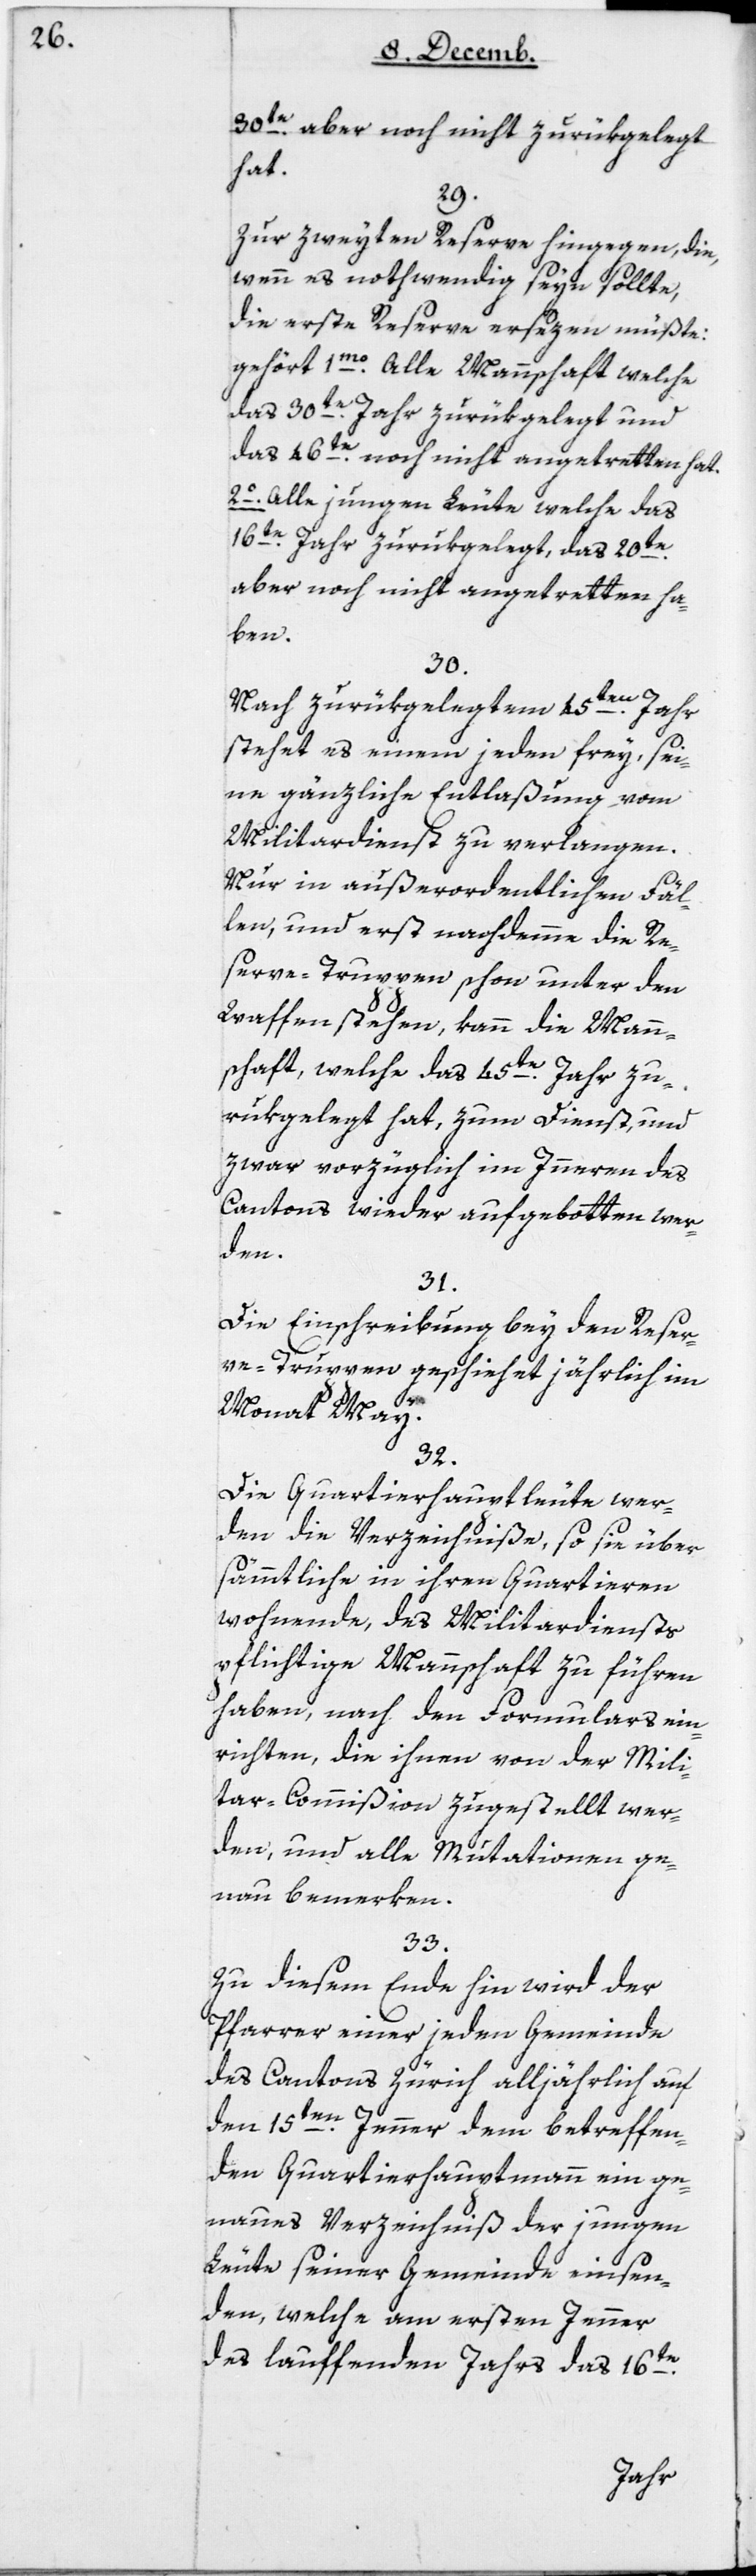
30te aber noch nicht zurükgelegt
hat.
29.
Zur zweyten Reserve hingegen, die,
wenn es nothwendig seyn sollte,
die erste Reserve ersezen müßte,
gehört 1mo alle Mannschaft, welche
das 30te Jahr zurükgelegt und
das 46te noch nicht angetreten hat.
2º Alle jungen Leute, welche das
16te Jahr zurükgelegt, das 20te
aber noch nicht angetretten ha¬
ben.
30.
Nach zurükgelegtem 45ten Jahr
stehet es einem jeden frey, sei¬
ne gänzliche Entlaßung vom
Militardienst zu verlangen.
Nur in außerordentlichen Fäl¬
len, und erst nachdemme die Re¬
serve-Truppen schon unter den
Waffen stehen, kann die Mann¬
schaft, welche das 45te Jahr zu¬
rükgelegt hat, zum Dienst und
zwar vorzüglich im Inneren des
Cantons wieder aufgebotten wer¬
den.
31.
Die Einschreibung bey den Reser¬
ve-Truppen geschiehet jährlich im
Monat May.
32.
Die Quartierhauptleute wer¬
den die Verzeichniße, so sie über
sämmtliche in ihren Quartieren
wohnende, des Militardiensts
pflichtige Mannschaft zu führen
haben, nach den Formulars ein¬
richten, die ihnen von der Mili¬
tar-Commißion zugestellt wer¬
den, und alle Mutationen ge¬
nau bemerken.
33.
Zu diesem Ende hin wird der
Pfarrer einer jeden Gemeinde
des Cantons Zürich alljährlich auf
den 15ten Jenner dem betreffen¬
den Quartierhauptmann ein ge¬
naues Verzeichniß der jungen
Leute seiner Gemeinde einsen¬
den, welche am ersten Jenner
des lauffenden Jahrs das 16te